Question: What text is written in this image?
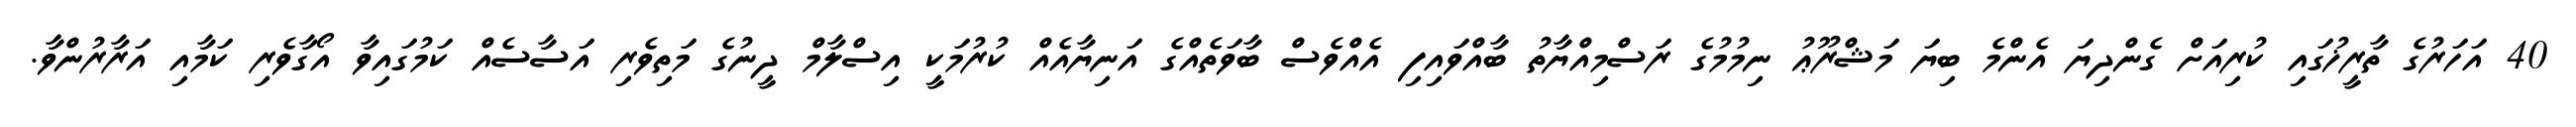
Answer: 40 އަހަރުގެ ތާރީޚުގައި ކުރިއަށް ގެންދިޔަ އެންމެ ބިޔަ މަޝްރޫޢު ނިމުމުގެ ރަސްމިއްޔާތު ބާއްވައިފި އެއްވެސް ބާވަތެއްގެ އަނިޔާއެއް ކުރުމަކީ އިސްލާމް ދީނުގެ މަތިވެރި އަސާސެއް ކަމުގައިވާ އޯގާވެރި ކަމާއި އަރާރުންވާ.